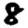
Digit: 8